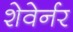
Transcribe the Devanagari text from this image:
शेवेर्नर